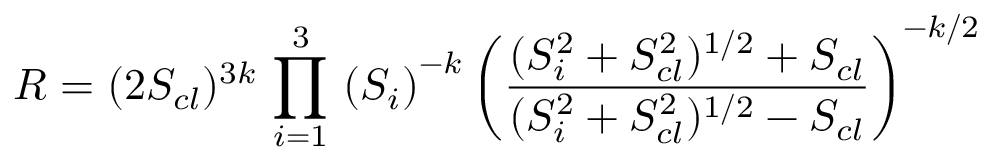
{ \cal R } = ( 2 S _ { c l } ) ^ { 3 k } \, \prod _ { i = 1 } ^ { 3 } \, \left( S _ { i } \right) ^ { - k } \left( \frac { ( S _ { i } ^ { 2 } + S _ { c l } ^ { 2 } ) ^ { 1 / 2 } + S _ { c l } } { ( S _ { i } ^ { 2 } + S _ { c l } ^ { 2 } ) ^ { 1 / 2 } - S _ { c l } } \right) ^ { - k / 2 }